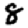
Digit: 8